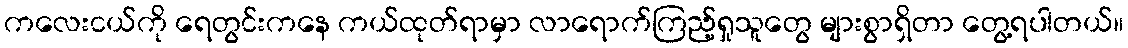
ကလေးငယ်ကို ရေတွင်းကနေ ကယ်ထုတ်ရာမှာ လာရောက်ကြည့်ရှုသူတွေ များစွာရှိတာ တွေ့ရပါတယ်။